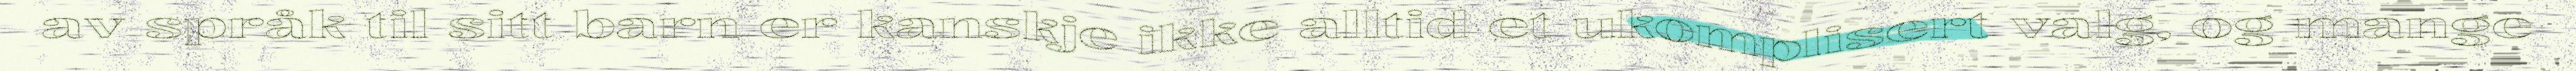
av språk til sitt barn er kanskje ikke alltid et ukomplisert valg, og mange